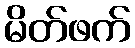
မိတ်ဖက်